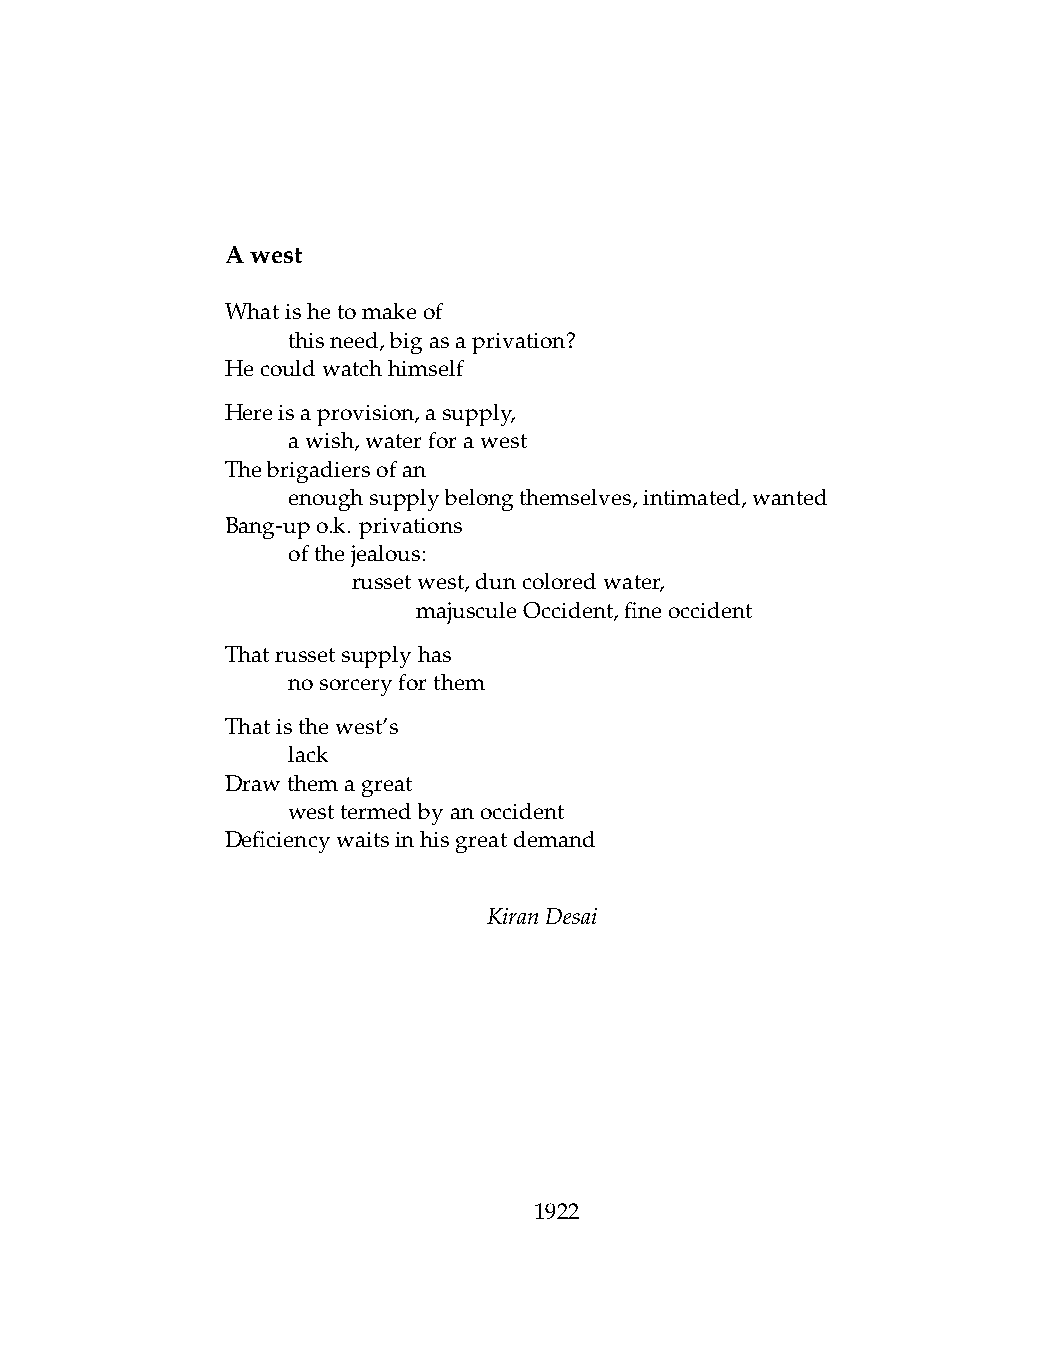
Awest
 Whatishetomakeof
 .   thisneed,bigasaprivation?
 Hecouldwatchhimself
 Hereisaprovision,asupply,
 .   awish,waterforawest
 Thebrigadiersofan
 .   enoughsupplybelongthemselves,intimated,wanted
 Bang-upo.k. privations
 .   ofthejealous:
 .   .   russetwest,duncoloredwater,
 .   .   .    majusculeOccident,fineoccident
 Thatrussetsupplyhas
 .   nosorceryforthem
 Thatisthewest’s
 .   lack
 Drawthemagreat
 .   westtermedbyanoccident
 Deficiencywaitsinhisgreatdemand
 KiranDesai
 1922